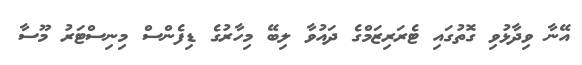
އޭނާ ވިދާޅުވި ގޮތުގައި ޓެރަރިޒަމްގެ ދައުވާ ލިބޭ މިހާރުގެ ޑިފެންސް މިނިސްޓަރު މޫސާ